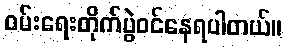
ဝမ်းရေးတိုက်ပွဲဝင်နေရပါတယ်။